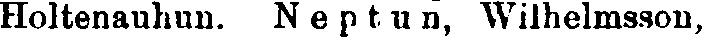
Holtenauhun. Neptun, Wilhelmsson,